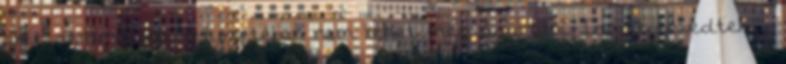
akit semmilyen helyzetében nem lehet megvásárolni. Ismét téved­­tek; -